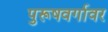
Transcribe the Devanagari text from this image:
पुरूषवर्गावर